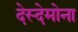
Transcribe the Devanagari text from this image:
देस्देमोना